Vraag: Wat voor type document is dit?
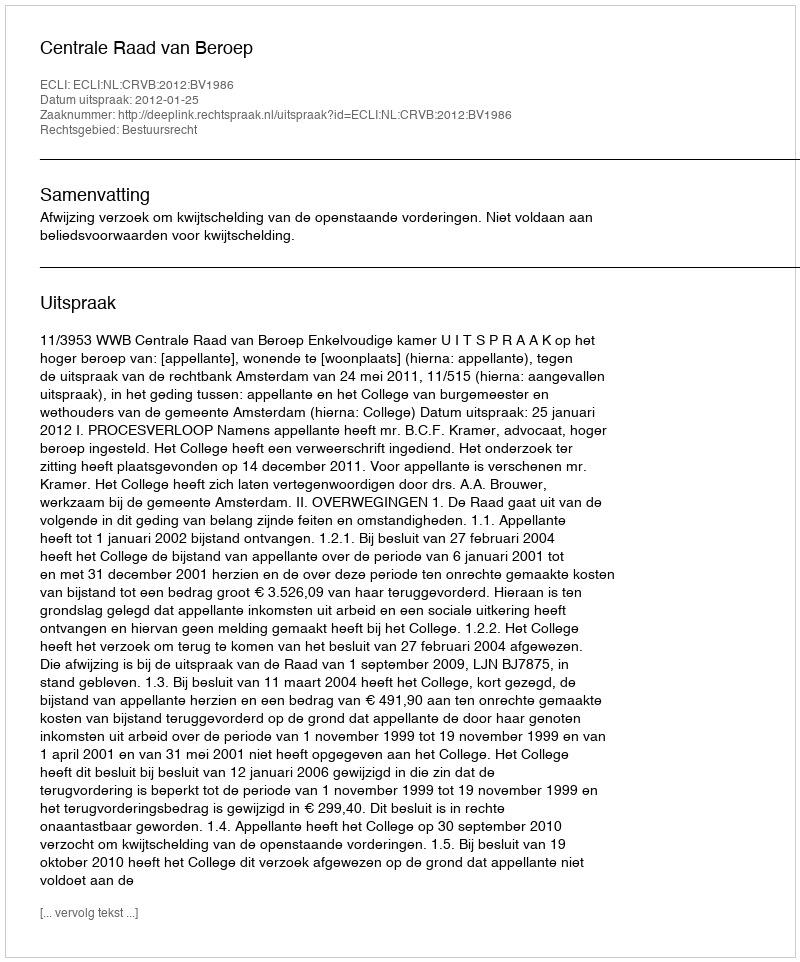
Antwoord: Uitspraak